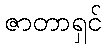
ဇာတာရှင်